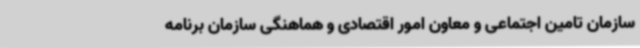
سازمان تامین اجتماعی و معاون امور اقتصادی و هماهنگی سازمان برنامه